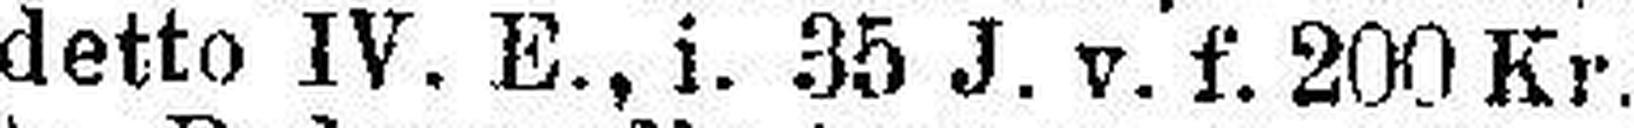
4½% detto IV. E., i. 35 J. v. f. 200 Kr.